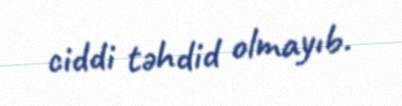
ciddi təhdid olmayıb.